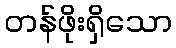
တန်ဖိုးရှိသော